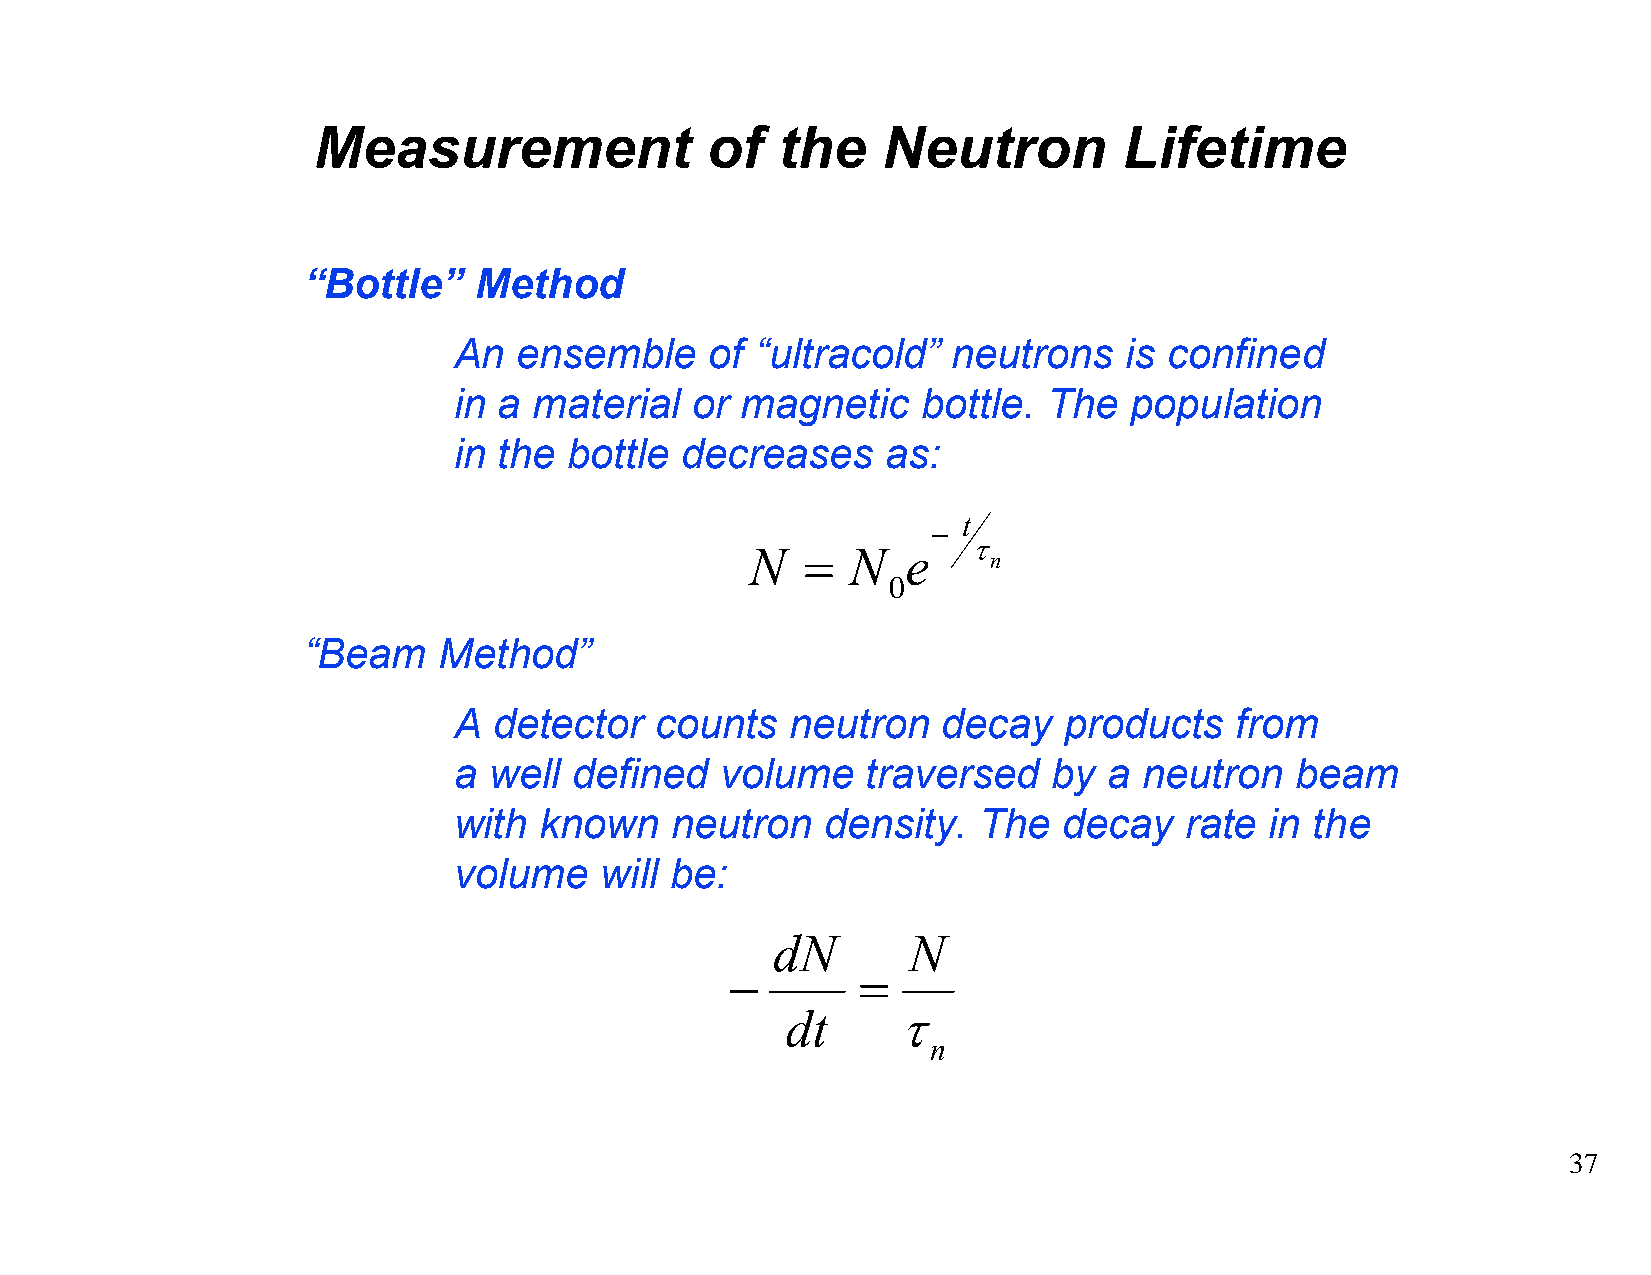
Measurement               of  the    Neutron         Lifetime
 “Bottle”   Method
 An  ensemble     of “ultracold”  neutrons   is confined
 in a material   or magnetic    bottle. The   population
 in the  bottle decreases     as:
 t
 −
 τ
 N  =  N   e
 n
 0
 “Beam    Method”
 A  detector  counts   neutron   decay   products    from
 a well  defined   volume   traversed    by a  neutron   beam
 with  known   neutron    density.  The  decay   rate  in the
 volume    will be:
 dN       N
 −        =
 dt     τ
 n
 37